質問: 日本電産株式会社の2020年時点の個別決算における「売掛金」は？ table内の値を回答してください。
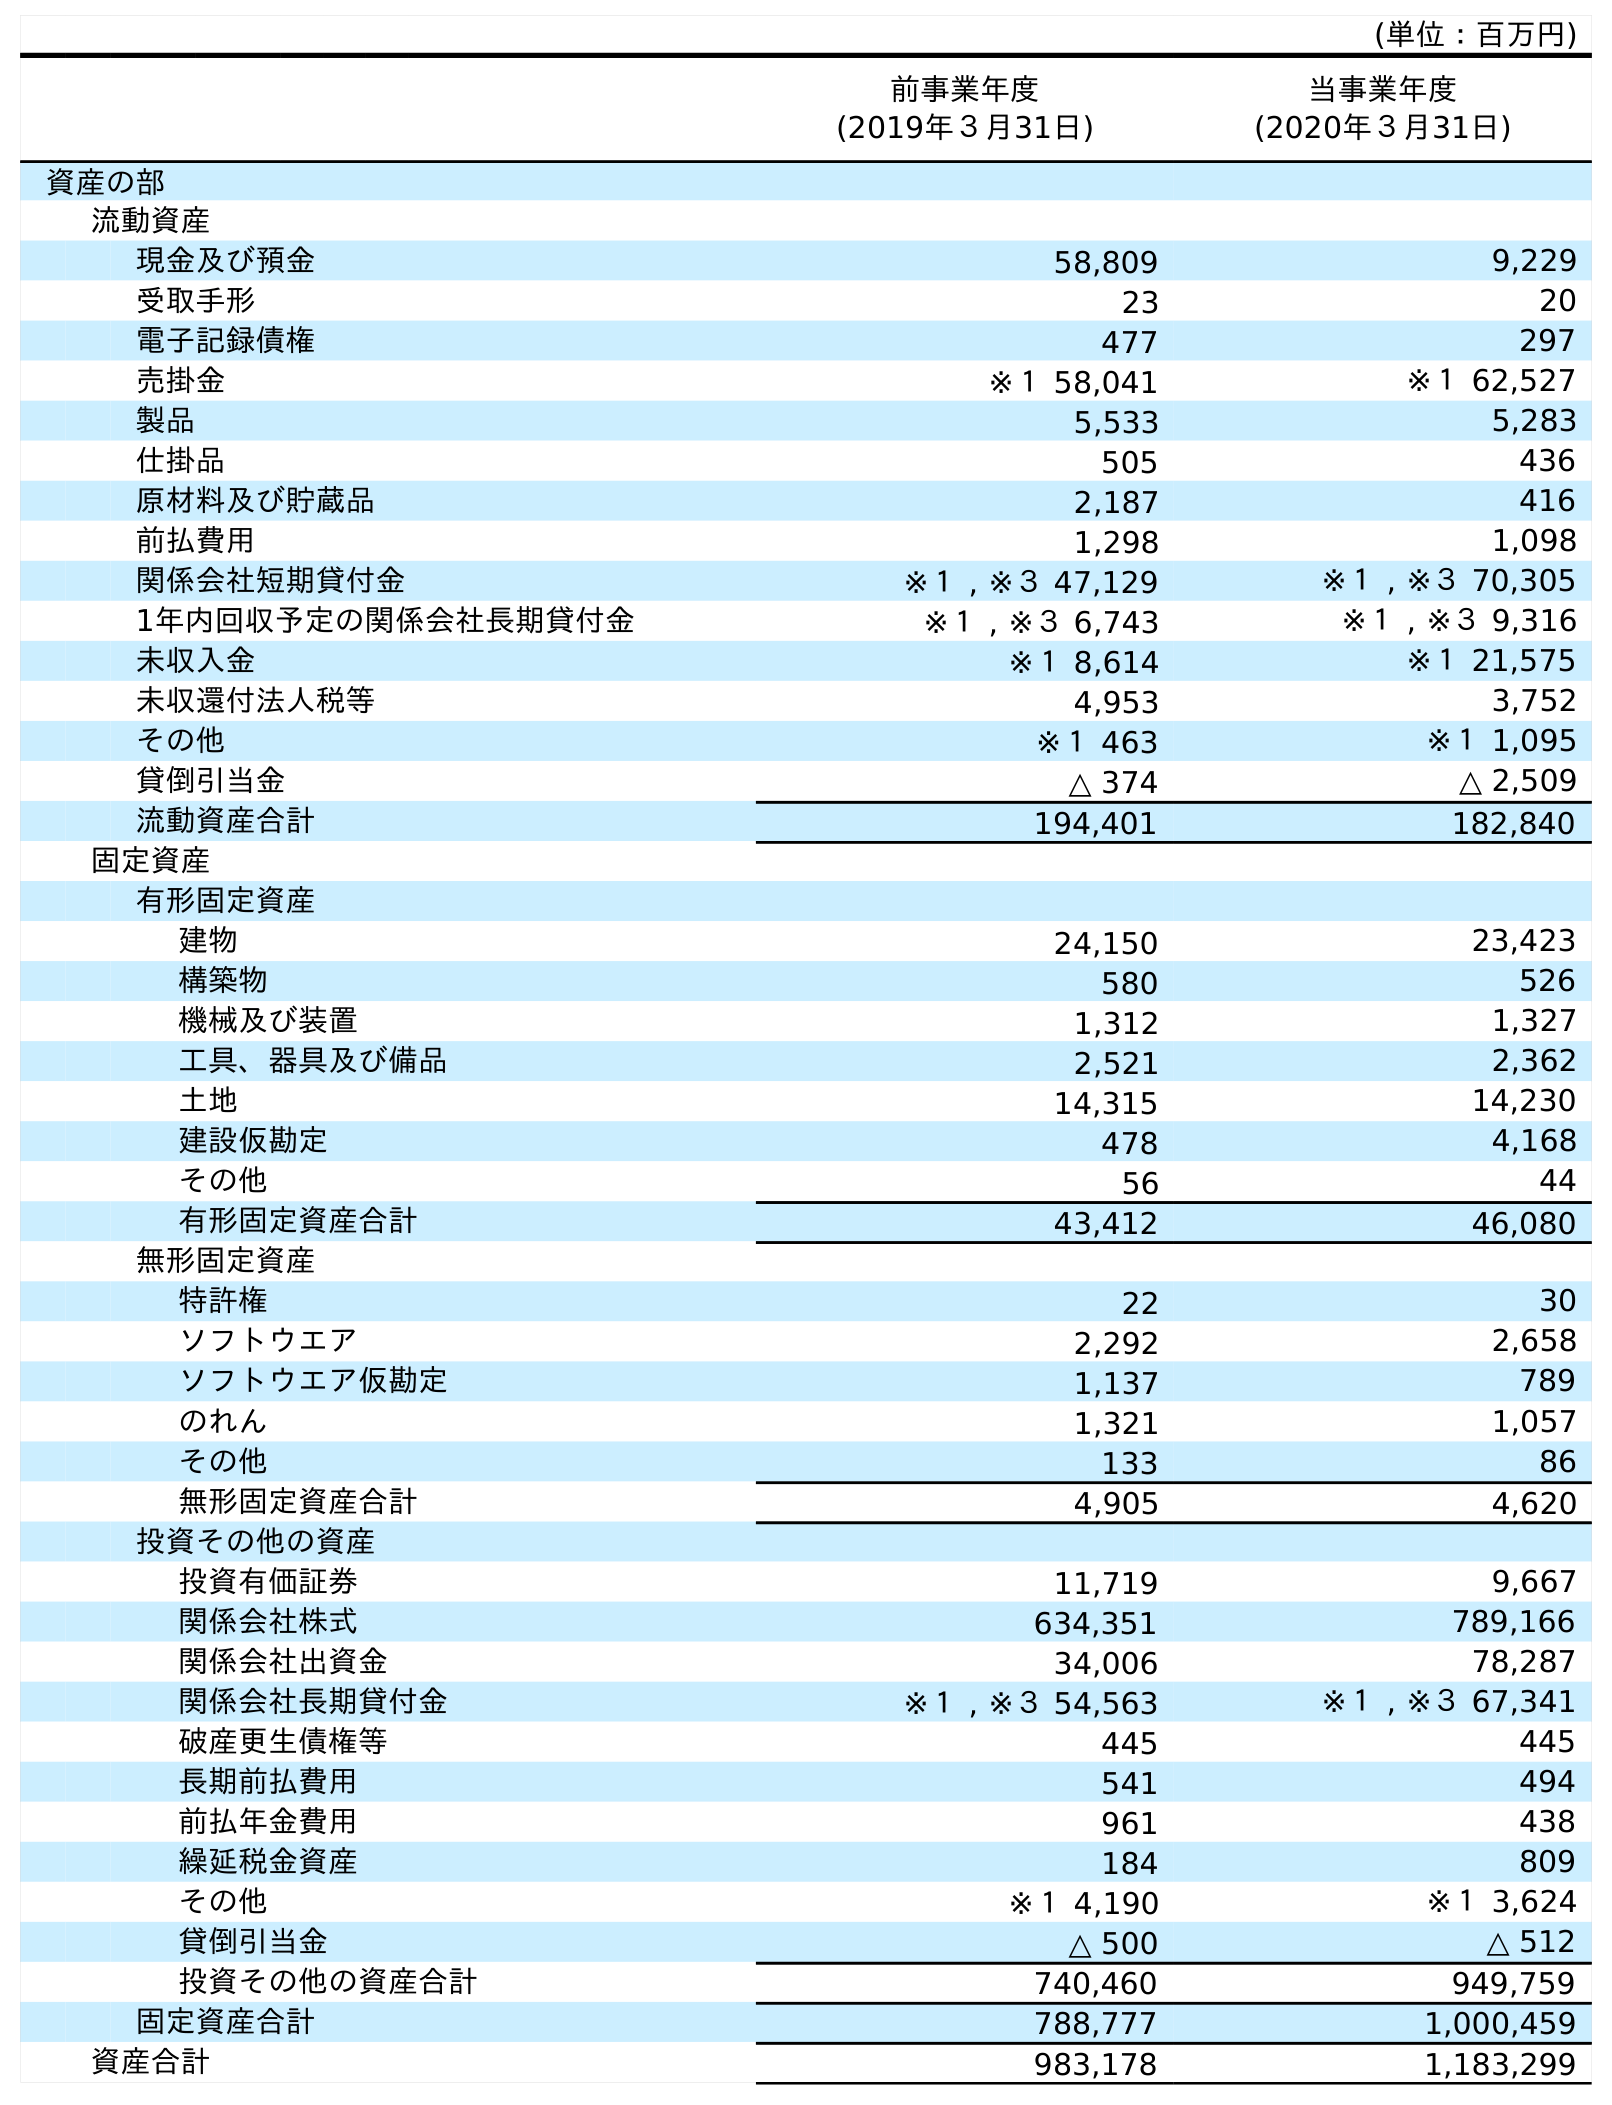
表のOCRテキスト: (単位：百万円) 前事業年度 (2019年３月31日) 当事業年度 (2020年３月31日) 資産の部 流動資産 現金及び預金 58,809 9,229 受取手形 23 20 電子記録債権 477 297 売掛金 ※１ 58,041 ※１ 62,527 製品 5,533 5,283 仕掛品 505 436 原材料及び貯蔵品 2,187 416 前払費用 1,298 1,098 関係会社短期貸付金 ※１ , ※３ 47,129 ※１ , ※３ 70,305 1年内回収予定の関係会社長期貸付金 ※１ , ※３ 6,743 ※１ , ※３ 9,316 未収入金 ※１ 8,614 ※１ 21,575 未収還付法人税等 4,953 3,752 その他 ※１ 463 ※１ 1,095 貸倒引当金 △ 374 △ 2,509 流動資産合計 194,401 182,840 固定資産 有形固定資産 建物 24,150 23,423 構築物 580 526 機械及び装置 1,312 1,327 工具、器具及び備品 2,521 2,362 土地 14,315 14,230 建設仮勘定 478 4,168 その他 56 44 有形固定資産合計 43,412 46,080 無形固定資産 特許権 22 30 ソフトウエア 2,292 2,658 ソフトウエア仮勘定 1,137 789 のれん 1,321 1,057 その他 133 86 無形固定資産合計 4,905 4,620 投資その他の資産 投資有価証券 11,719 9,667 関係会社株式 634,351 789,166 関係会社出資金 34,006 78,287 関係会社長期貸付金 ※１ , ※３ 54,563 ※１ , ※３ 67,341 破産更生債権等 445 445 長期前払費用 541 494 前払年金費用 961 438 繰延税金資産 184 809 その他 ※１ 4,190 ※１ 3,624 貸倒引当金 △ 500 △ 512 投資その他の資産合計 740,460 949,759 固定資産合計 788,777 1,000,459 資産合計 983,178 1,183,299
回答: ※１62,527